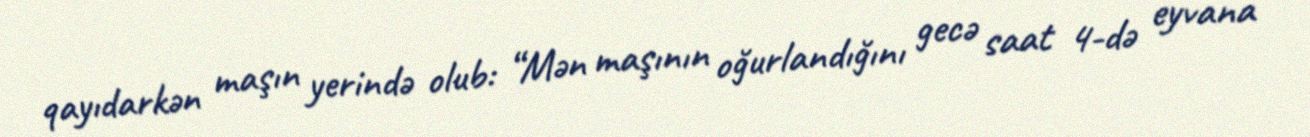
qayıdarkən maşın yerində olub: “Mən maşının oğurlandığını gecə saat 4-də eyvana